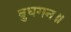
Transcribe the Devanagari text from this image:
बुधगन॥